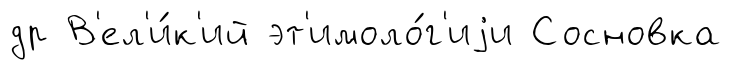
др В'ел'и́к'ий эт'имоло́г'иjи Сосновка